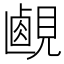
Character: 𧡹